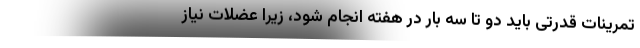
تمرینات قدرتی باید دو تا سه بار در هفته انجام شود، زیرا عضلات نیاز